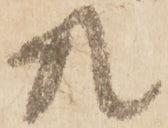
共